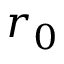
r _ { 0 }